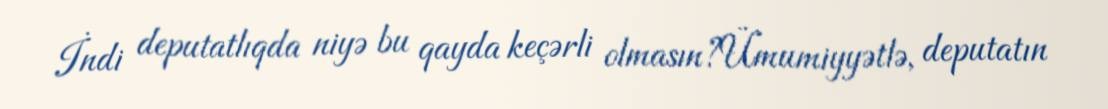
İndi deputatlıqda niyə bu qayda keçərli olmasın?Ümumiyyətlə, deputatın